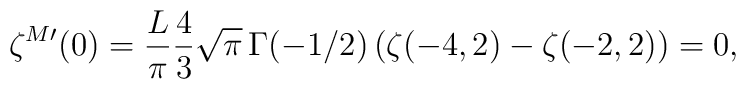
\zeta^{M\prime}(0)=\frac{L}{\pi}\frac 4 3\sqrt{\pi}\,\Gamma(-1/2)\left(\zeta(-4,2)-\zeta(-2,2)\right)=0,